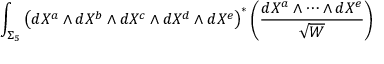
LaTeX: \int _ { \Sigma _ { 5 } } \left( d X ^ { a } \wedge { d } X ^ { b } \wedge { d } X ^ { c } \wedge { d } X ^ { d } \wedge { d } X ^ { e } \right) ^ { \ast } \left( \frac { d X ^ { a } \wedge \cdots \wedge { d } X ^ { e } } { \sqrt { W } } \right)